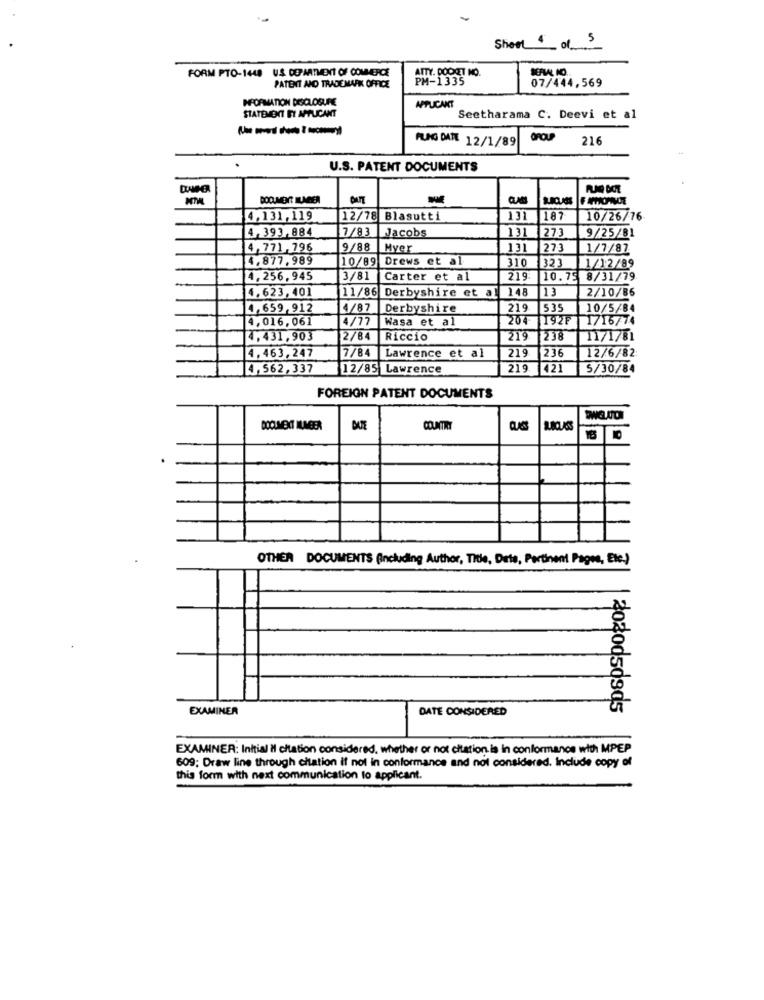
Sheet 4 of 5
FORM PTO-1448 US DO MATMENT OF COMMERCE
PM-1335
Y. DODOET NO.
07/444,569
PATENT AND TRADEMARK OFFICE
INFORMATION DISCLOSURE
STATEMENT ET APPLICANT
APPLICANT
Seetharama C. Deevi et al
FLAG DATE 12/1/89
GROUP
216
U.S. PATENT DOCUMENTS
4,131,119
12/78 Blasutti
131
187
10/26/76
4,393,884
7/83
Jacobs
131
273
9/25/81
4,771,796
9/88
Myer
131
273
1/7/82
14.877,989
10/89 Drews et al
310
323
1/12/89
4,256,945
3/81
Carter et al
219
10.75 8/31/79
4.623,401
148
13
2/10/86
11/86 Derbyshire et al
4,659,912
4/87
Derbyshire
219
535
10/5/84
4,016,061
4/77
Wasa et al
204
192F
1716/74
4,431,903
12/84
Riccio
219
238
11/1/81
4,463,247
17/84
Lawrence et al
219
236
12/6/82:
4,562,337
12/85 Lawrence
219
421
5/30/84
FOREIGN PATENT DOCUMENTS
DOCUMENT ILAGER
COUNTRY
10
OTHER DOCUMENTS (including Author, Title, Data, Pertinent Pages, Etc.)
EXAMINER
DATE CONSIDERED
EXAMINER: Initial il citation considered. whether or not citation is in conformance with MPEP
609; Draw line through citation if not in conformance and not considered. Include copy of
this form with next communication to applicant.